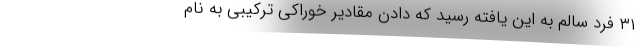
۳۱ فرد سالم به این یافته رسید که دادن مقادیر خوراکیِ ترکیبی به نام